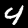
Digit: 4